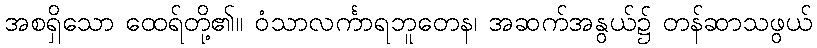
အစရှိသော ထေရ်တို့၏။ ဝံသာလင်္ကာရဘူတေန၊ အဆက်အနွယ်၌ တန်ဆာသဖွယ်